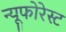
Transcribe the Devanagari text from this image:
न्यूफोरेस्ट